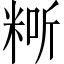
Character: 𥺐